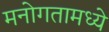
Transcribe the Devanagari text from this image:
मनोगतामध्ये